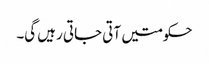
حکومتیں آتی جاتی رہیں گی۔